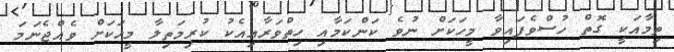
ތިމާއަކީ ގޮތް ހުސްވެފައިވާ މީހަކަށް ނުވެ ކަންކަމާއި ހިތްވަރާއިއެކު ކުރިމަތިލާ މީހަކަށް ވެއްޖެނަމަ